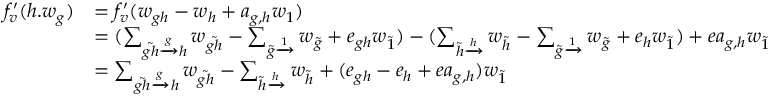
\begin{array} { r l } { f _ { v } ^ { \prime } ( h . w _ { g } ) } & { = f _ { v } ^ { \prime } ( w _ { g h } - w _ { h } + a _ { g , h } w _ { 1 } ) } \\ & { = ( \sum _ { \Tilde { g h } \xrightarrow [ ] g h } w _ { \Tilde { g h } } - \sum _ { \Tilde { g } \xrightarrow [ ] 1 } w _ { \Tilde { g } } + e _ { g h } w _ { \Tilde { 1 } } ) - ( \sum _ { \Tilde { h } \xrightarrow [ ] h } w _ { \Tilde { h } } - \sum _ { \Tilde { g } \xrightarrow [ ] 1 } w _ { \Tilde { g } } + e _ { h } w _ { \Tilde { 1 } } ) + e a _ { g , h } w _ { \Tilde { 1 } } } \\ & { = \sum _ { \Tilde { g h } \xrightarrow [ ] g h } w _ { \Tilde { g h } } - \sum _ { \Tilde { h } \xrightarrow [ ] h } w _ { \Tilde { h } } + ( e _ { g h } - e _ { h } + e a _ { g , h } ) w _ { \Tilde { 1 } } } \end{array}